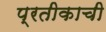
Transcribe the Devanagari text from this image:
प्रतीकाची